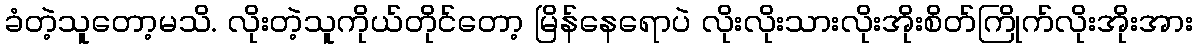
ခံတဲ့သူတော့မသိ. လိုးတဲ့သူကိုယ်တိုင်တော့ မြိန်နေရောပဲ လိုးလိုးသားလိုးအိုးစိတ်ကြိုက်လိုးအိုးအား